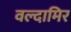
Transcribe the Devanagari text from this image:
वल्दामिर